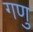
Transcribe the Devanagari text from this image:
गणु